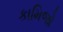
કામિજો